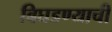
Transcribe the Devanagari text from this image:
बिघडण्याची